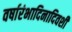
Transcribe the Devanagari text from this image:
वर्षारंभादिनादिवशी